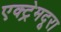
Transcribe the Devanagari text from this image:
एक्ट्रेमदूरा